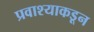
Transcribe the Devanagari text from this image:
प्रवाश्याकडून